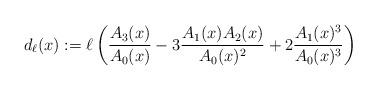
LaTeX: \begin{align*} d_\ell(x) := \ell\left(\frac{A_3(x)}{A_0(x)} - 3\frac{A_1(x)A_2(x)}{A_0(x)^2} + 2 \frac{A_1(x)^3}{A_0(x)^3}\right)\end{align*}